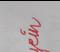
Signature authenticity: genuine